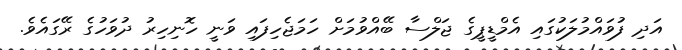
އަދި ފުވައްމުލަކުގައި އެމްޑީޕީގެ ޖަލްސާ ބޭއްވުމަށް ހަމަޖެހިފައި ވަނީ ހޮނިހިރު ދުވަހުގެ ރޭގައެވެ.